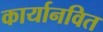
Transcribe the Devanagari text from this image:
कार्यानवित